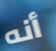
أنه